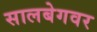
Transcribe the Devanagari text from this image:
सालबेगवर